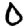
Digit: 0